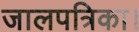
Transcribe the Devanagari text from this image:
जालपत्रिका।